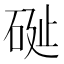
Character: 𥒔